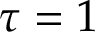
\tau = 1